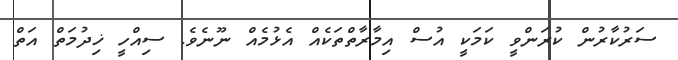
ސަރުކާރުން ކުރަންވީ ކަމަކީ އުސް އިމާރާތްތަކެއް އެޅުމެއް ނޫނެވެ. ސިއްހީ ޚިދުމަތް އަތް